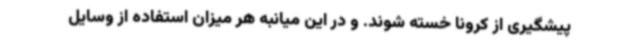
پیشگیری از کرونا خسته شوند. و در این میانبه هر میزان استفاده از وسایل